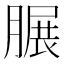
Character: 𦟌